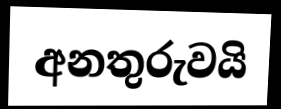
අනතුරුවයි